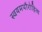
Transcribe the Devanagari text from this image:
स्वयमपौरोहित्य